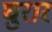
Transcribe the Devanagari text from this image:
घुरार